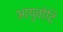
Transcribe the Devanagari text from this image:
आयुवोदि